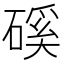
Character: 磎